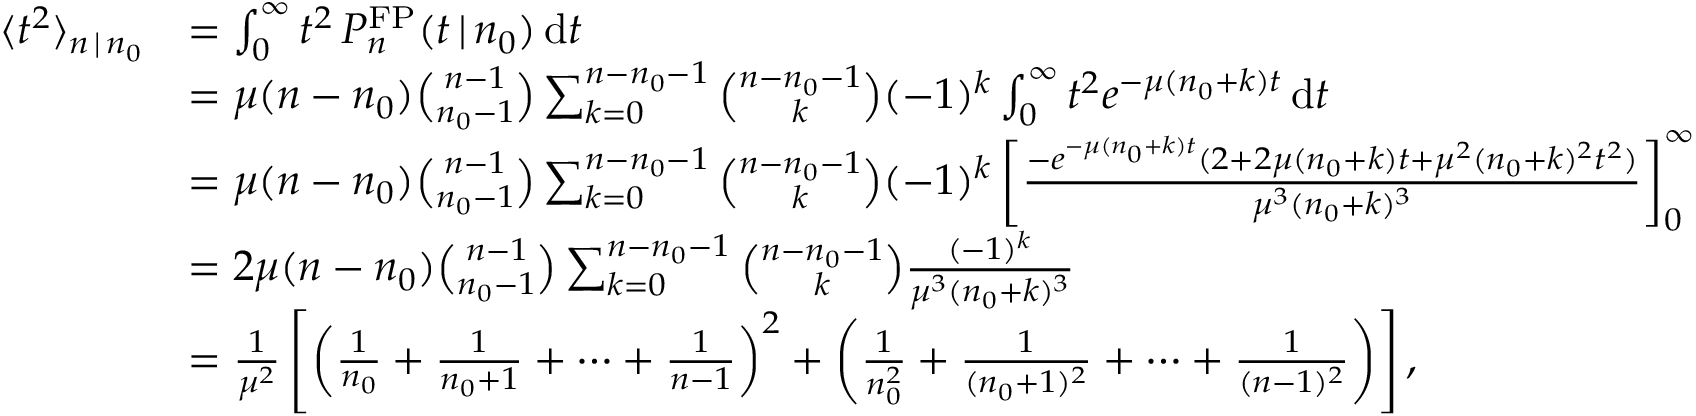
\begin{array} { r l } { \langle t ^ { 2 } \rangle _ { n \, | \, n _ { 0 } } } & { = \int _ { 0 } ^ { \infty } t ^ { 2 } \, P _ { n } ^ { \mathrm { F P } } ( t \, | \, n _ { 0 } ) \, \mathrm { d } t } \\ & { = \mu ( n - n _ { 0 } ) { \binom { n - 1 } { n _ { 0 } - 1 } } \sum _ { k = 0 } ^ { n - n _ { 0 } - 1 } { \binom { n - n _ { 0 } - 1 } { k } } ( - 1 ) ^ { k } \int _ { 0 } ^ { \infty } t ^ { 2 } e ^ { - \mu ( n _ { 0 } + k ) t } \, \mathrm { d } t } \\ & { = \mu ( n - n _ { 0 } ) { \binom { n - 1 } { n _ { 0 } - 1 } } \sum _ { k = 0 } ^ { n - n _ { 0 } - 1 } { \binom { n - n _ { 0 } - 1 } { k } } ( - 1 ) ^ { k } \left[ \frac { - e ^ { - \mu ( n _ { 0 } + k ) t } ( 2 + 2 \mu ( n _ { 0 } + k ) t + \mu ^ { 2 } ( n _ { 0 } + k ) ^ { 2 } t ^ { 2 } ) } { \mu ^ { 3 } ( n _ { 0 } + k ) ^ { 3 } } \right] _ { 0 } ^ { \infty } } \\ & { = 2 \mu ( n - n _ { 0 } ) { \binom { n - 1 } { n _ { 0 } - 1 } } \sum _ { k = 0 } ^ { n - n _ { 0 } - 1 } { \binom { n - n _ { 0 } - 1 } { k } } \frac { ( - 1 ) ^ { k } } { \mu ^ { 3 } ( n _ { 0 } + k ) ^ { 3 } } } \\ & { = \frac { 1 } { \mu ^ { 2 } } \left[ \left( \frac { 1 } { n _ { 0 } } + \frac { 1 } { n _ { 0 } + 1 } + \cdots + \frac { 1 } { n - 1 } \right) ^ { 2 } + \left( \frac { 1 } { n _ { 0 } ^ { 2 } } + \frac { 1 } { ( n _ { 0 } + 1 ) ^ { 2 } } + \cdots + \frac { 1 } { ( n - 1 ) ^ { 2 } } \right) \right] , } \end{array}